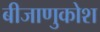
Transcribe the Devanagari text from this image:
बीजाणुकोश